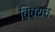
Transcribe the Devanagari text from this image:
विषयच